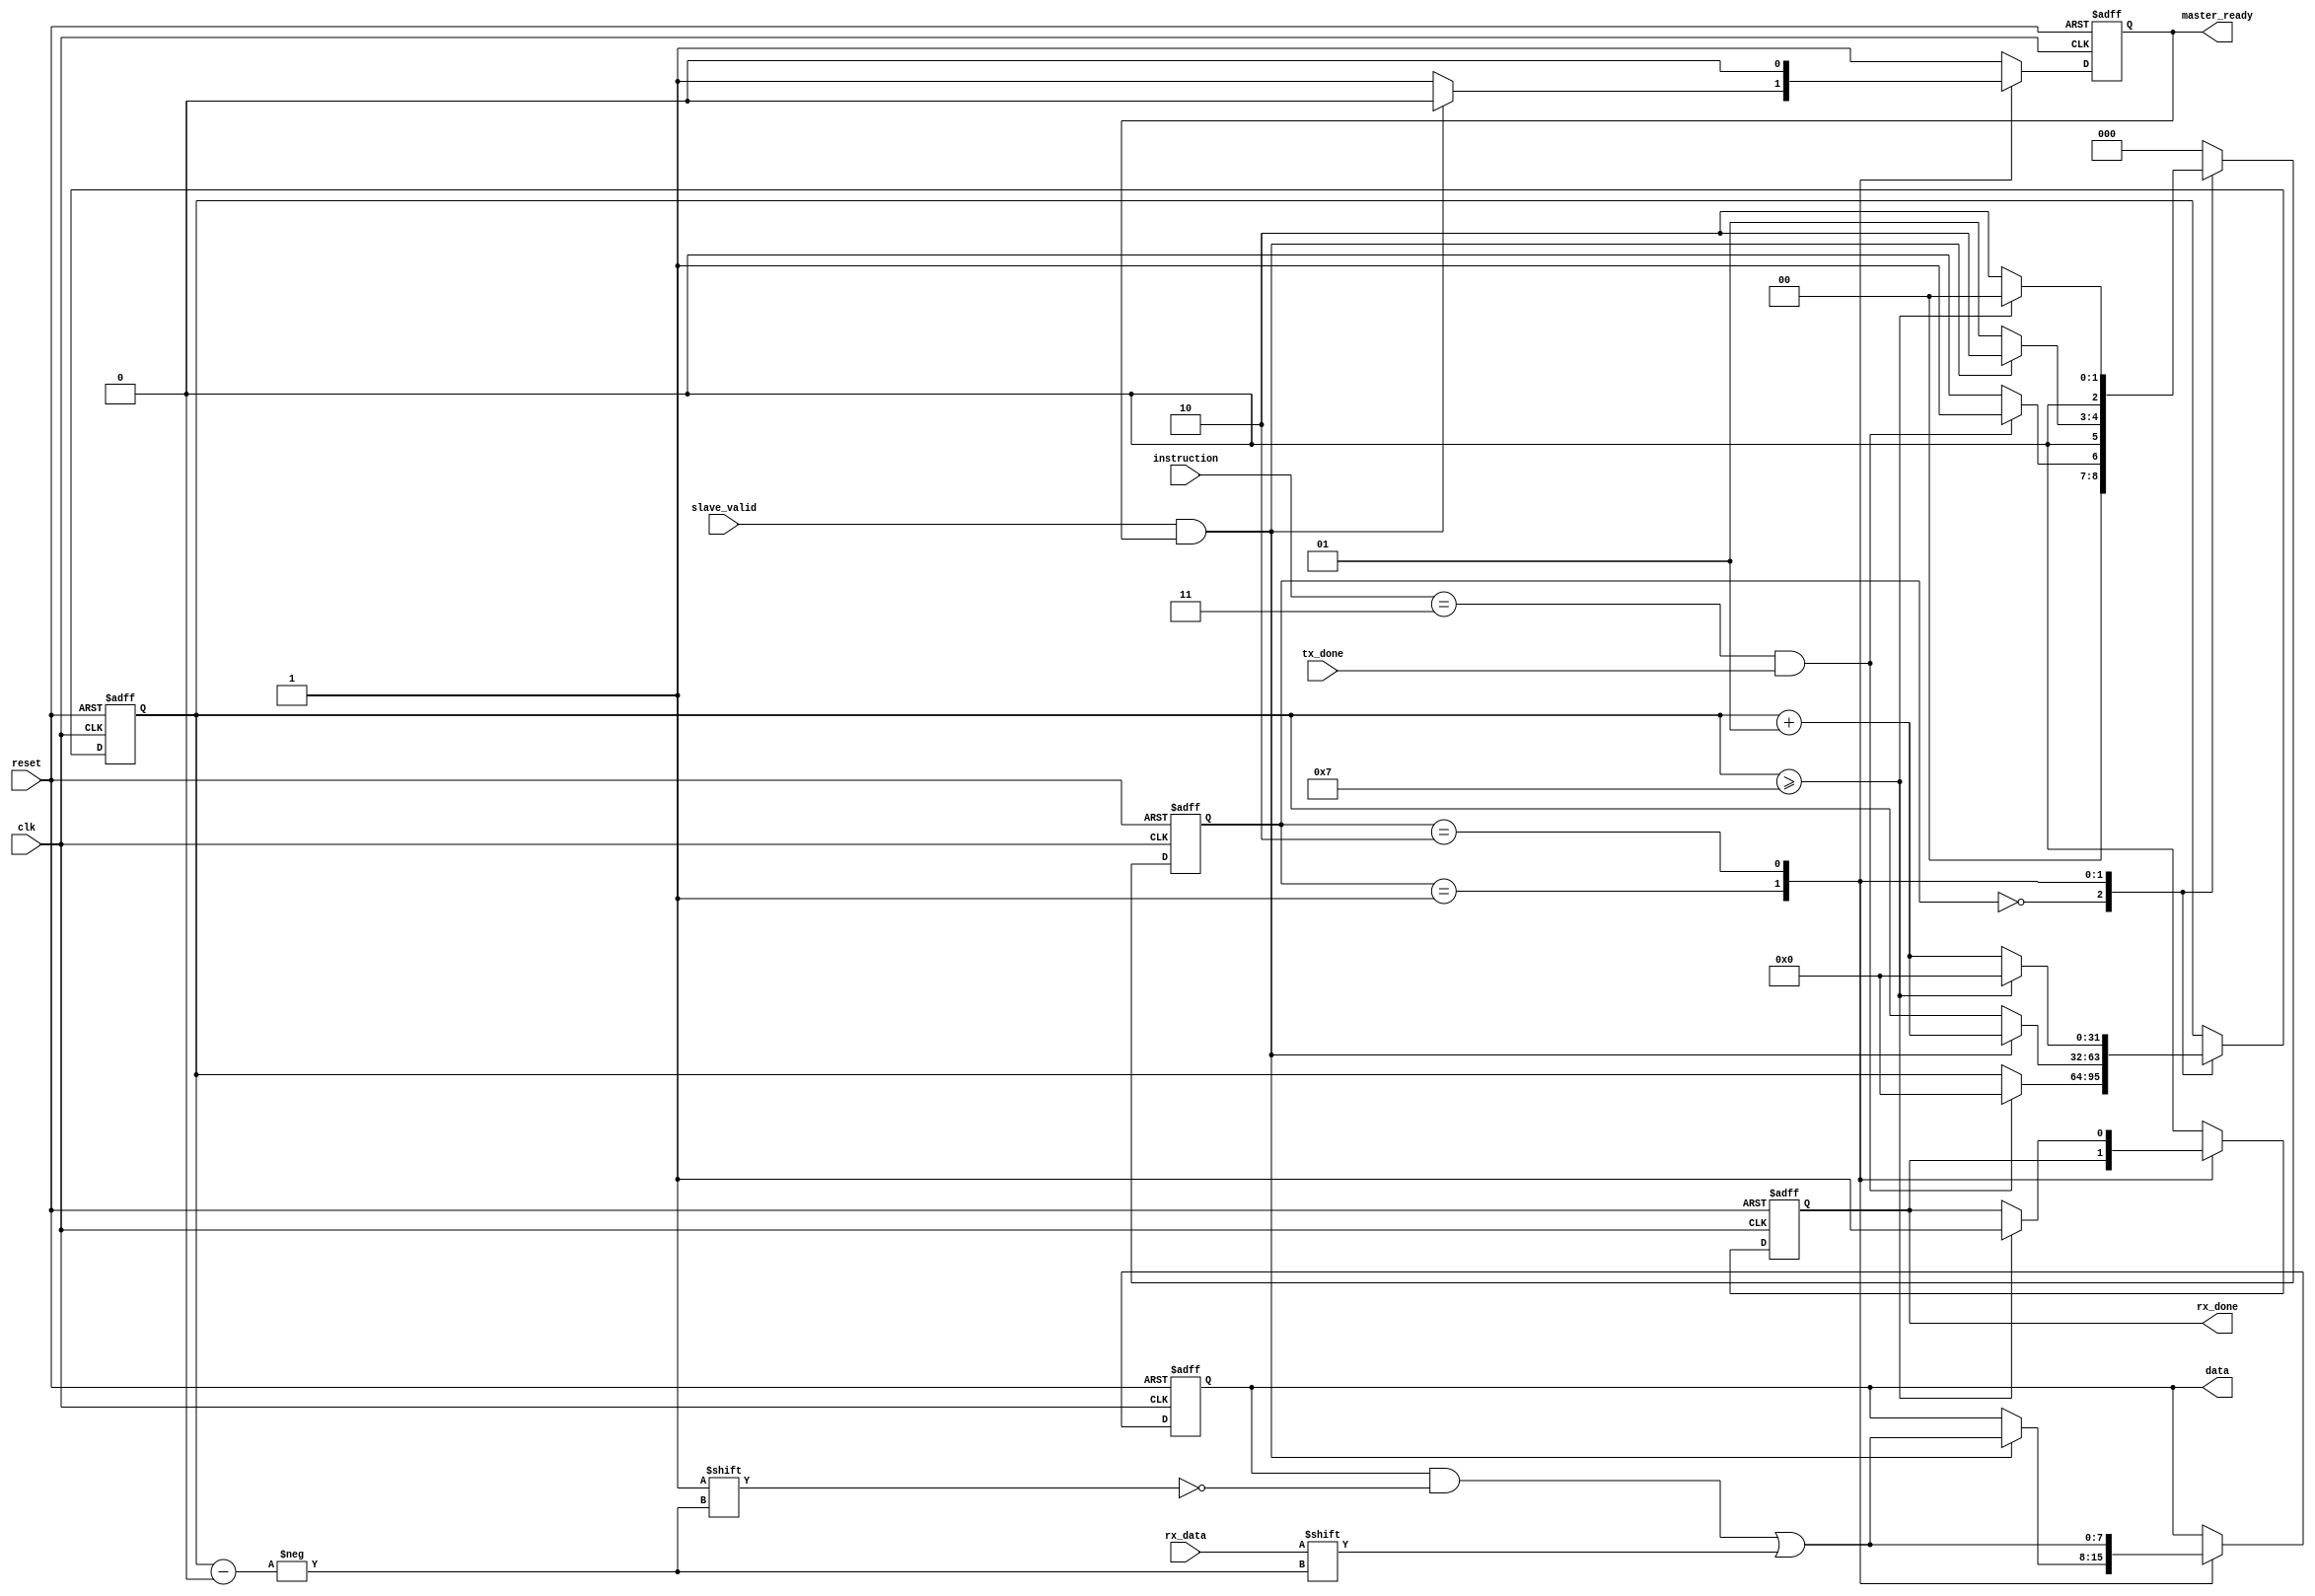
/* 
 file name : master_in_port.v

 Description:
	This file contains the input port of the master port.
	It is responsible for receiving the data from 
	the slave.

 Maintainers : Sanjula Thiranjaya <sthiranjaya@gmail.com>
					Sachini Wickramasinghe <sswickramasinghe@gmail.com>
					Kavish Ranawella <kavishranawella@gmail.com>
					
 Revision : v1.0 
*/

module master_in_port #(parameter DATA_LEN=8)(
	input clk, 
	input reset,
	
	input tx_done,
	input [1:0]instruction,
	output reg[DATA_LEN-1:0]data,
	output reg rx_done,
	
	input rx_data,
	input slave_valid,
	output reg master_ready);
	//output reg read_en);
	
reg [2:0]state = 0;
parameter IDLE=0, WAIT_HANDSHAKE=1, RECEIVE_DATA=2;


integer count = 0;

always @ (posedge clk or posedge reset) 
begin
	if (reset)
	begin
		count <= 0;
		state <= IDLE;
		data	<= 0;
		rx_done <= 0;
		master_ready <= 1;
		//read_en <= 0;
	end	
	
	else
		case (state)
		
		IDLE:
		begin
			if (instruction == 2'b11 && tx_done == 1)
			begin
				count <= 0;
				state <= WAIT_HANDSHAKE;
				data	<= data;
				rx_done <= 0;
				master_ready <= 1;
				//read_en <= 0;
			end
			
			else
			begin
				count <= count;
				state <= IDLE;
				data	<= data;
				rx_done <= 0;
				master_ready <= 1;
				//read_en <= 0;
			end
		end
		
		WAIT_HANDSHAKE:
		begin
			if (slave_valid == 1 && master_ready == 1)
			begin
				count <= count + 1;
				state <= RECEIVE_DATA;
				data[count] <= rx_data;
				//data[DATA_LEN-1:count+1] <= data[DATA_LEN-1:count+1];
				rx_done <= rx_done;
				master_ready <= 0;
				//read_en <= read_en;
			end
			
			else
			begin
				count <= count;
				state <= WAIT_HANDSHAKE;
				data	<= data;
				rx_done <= rx_done;
				master_ready <= 1;
				//read_en <= read_en;
			end
		end
		
		RECEIVE_DATA:
		begin
			if (count >= DATA_LEN-1)
			begin
				count <= 0;
				state <= IDLE;
				//data[count-1:0] <= data[count-1:0];
				data[count] <= rx_data;
				rx_done <= 1;
				master_ready <= 0;
				//read_en <= read_en;
			end
			
			else
			begin
				count <= count + 1;
				state <= RECEIVE_DATA;
				//data[count-1:0] <= data[count-1:0];
				data[count] <= rx_data;
				//data[DATA_LEN-1:count+1] <= data[DATA_LEN-1:count+1];
				rx_done <= rx_done;
				master_ready <= 0;
				//read_en <= read_en;
			end
		end
		
		default:
		begin 
			count <= count;
			state <= IDLE;
			data	<= data;
			rx_done <= 0;
			master_ready <= 1;
			//read_en <= 0;
		end
		
		endcase
end

endmodule